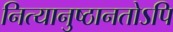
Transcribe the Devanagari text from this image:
नित्यानुष्ठानतोऽपि